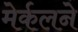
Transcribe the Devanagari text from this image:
मेर्कलने